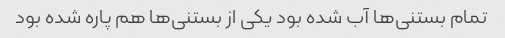
تمام بستنی‌ها آب شده بود یکی از بستنی‌ها هم پاره شده بود